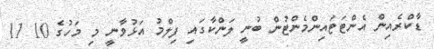
ޑާކްރެއިން އެންޓަޓައިންމެންޓުން ބުނީ ލަންކާގައި ފިލްމު އަޅުވާނީ މި މަހުގެ 10 11